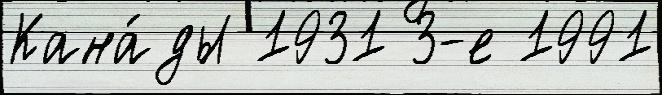
Кана́ды 1931 3-е 1991